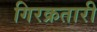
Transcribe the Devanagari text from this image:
गिरक्रतारी